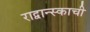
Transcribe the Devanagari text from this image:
राद्वान्स्काची